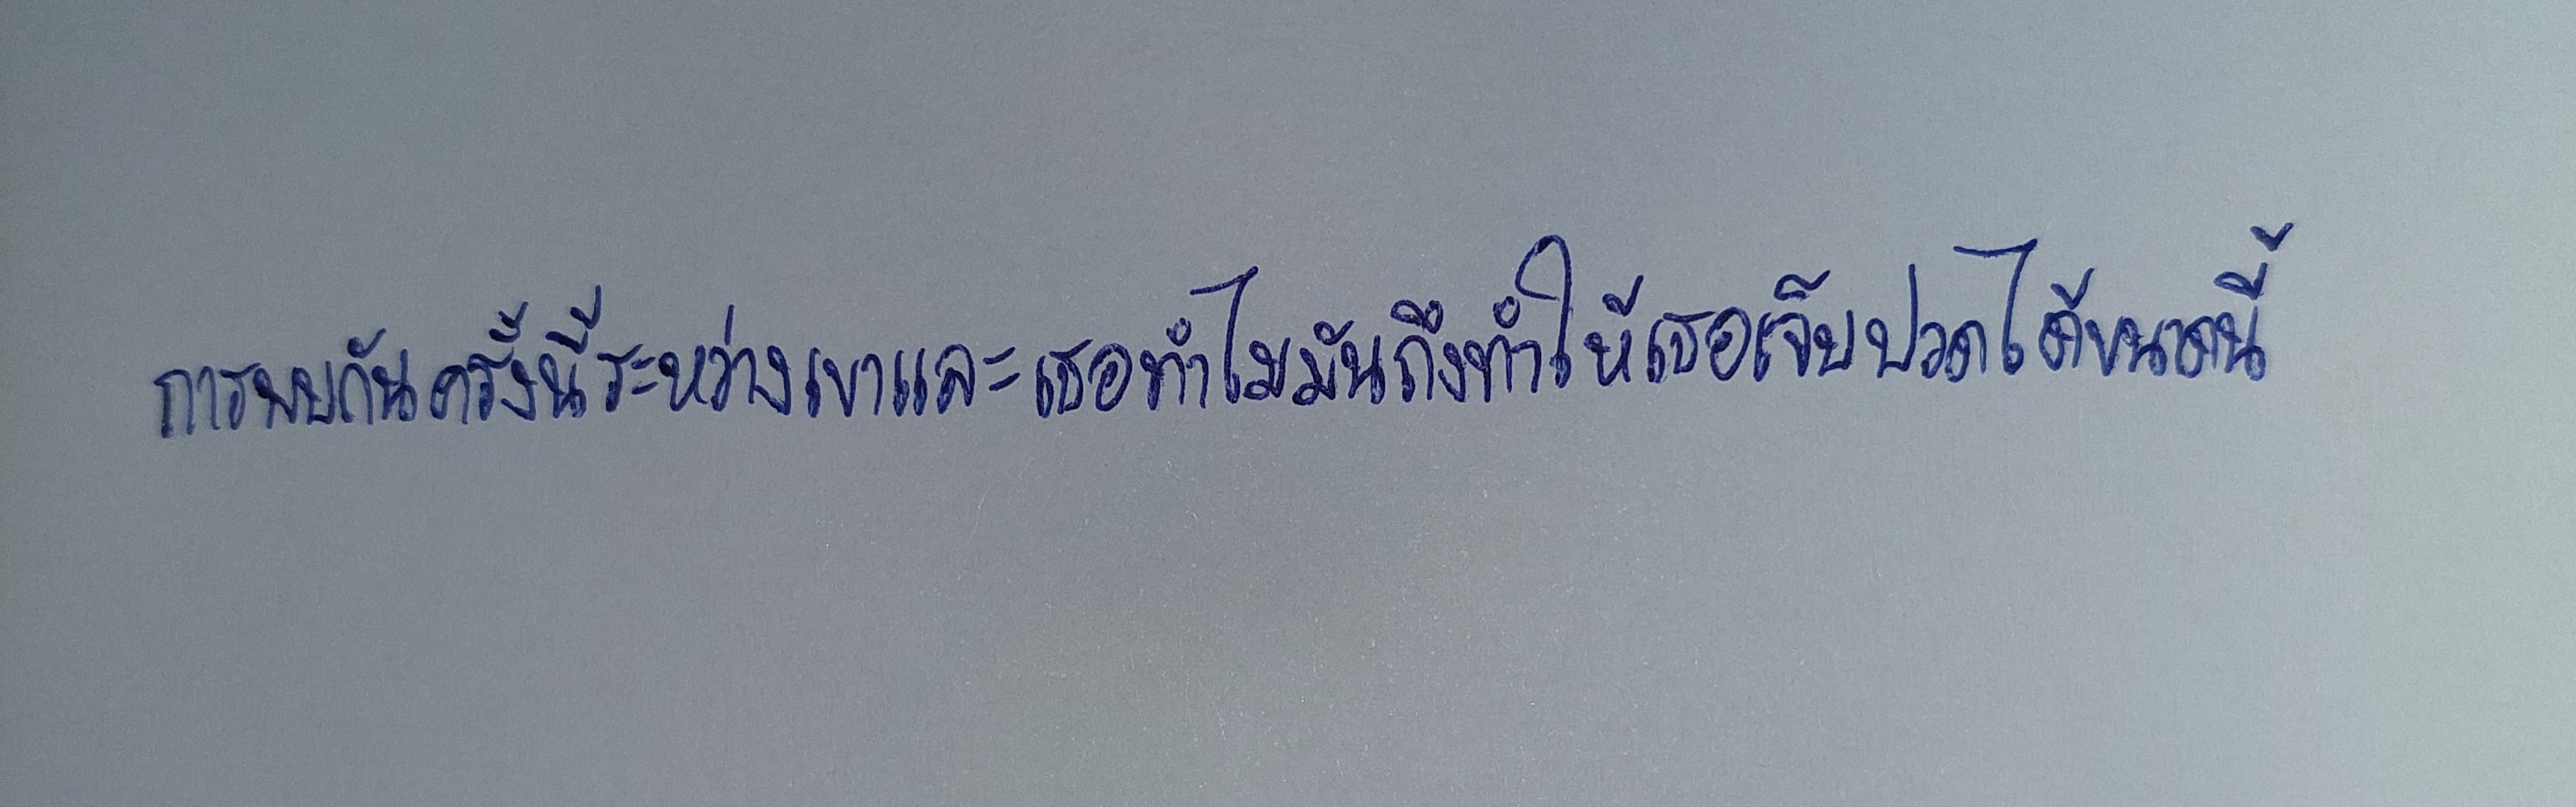
การพบกันครั้งนี้ระหว่างเขาและเธอทำไมมันถึงทำให้เธอเจ็บปวดได้ขนาดนี้